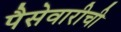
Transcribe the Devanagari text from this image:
पैसेवारीची